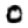
Digit: 0